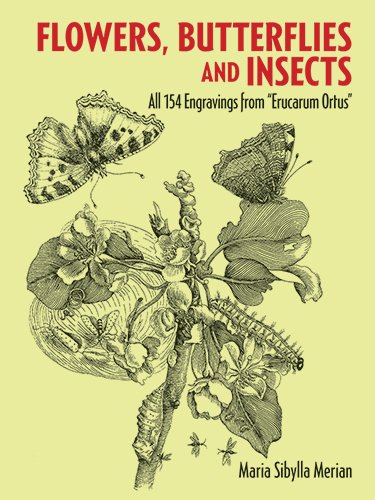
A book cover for Flowers, Butterflies and Insects: All 154 Engravings from "Erucarum Ortus" (Dover Pictorial Archive); Maria Sibylla Merian; Arts & Photography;